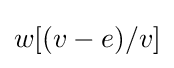
w[(v-e)/v]